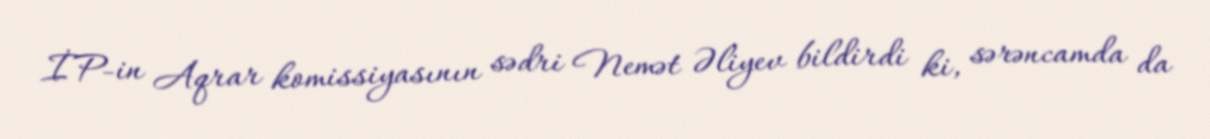
İP-in Aqrar komissiyasının sədri Nemət Əliyev bildirdi ki, sərəncamda da